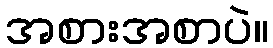
အစားအစာပဲ။